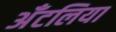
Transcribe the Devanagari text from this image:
अँटलिया